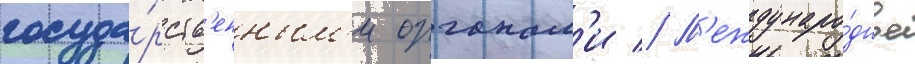
госуда́рств'енным'и органам'и // М'еждунаро́дное